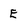
Character: E